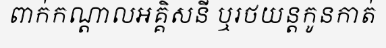
ពាក់កណ្តាលអគ្គិសនី ឬរថយន្តកូនកាត់